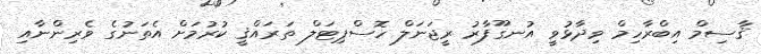
ޤާސިމް އިބްރާހިމް ވިދާޅުވީ އުނގޫފާރު ރީޖަނަލް ހޮސްޕިޓަލް ތަރައްޤީ ކުރުމަށް އެތަނުގެ ވެރިންނާއި